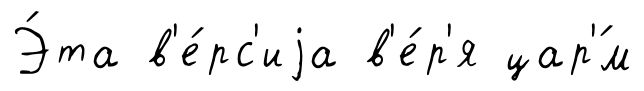
Э́та в'е́рс'иjа в'е́р'я цар'́м